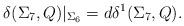
LaTeX: \begin{align*}\delta(\Sigma_7,Q)|_{\Sigma_6}=d\delta^1(\Sigma_7,Q).\end{align*}